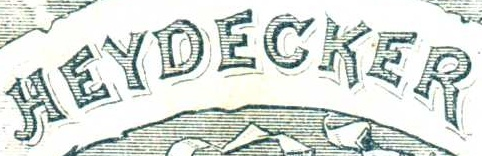
HEYDECKER